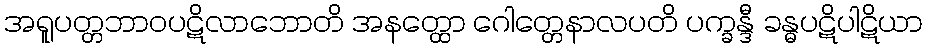
အရူပတ္တဘာဝပဋိလာဘောတိ အနတ္ထော ဂေါတ္တေနာလပတိ ပက္ခန္ဒီ ခန္ဓပဋိပါဋိယာ